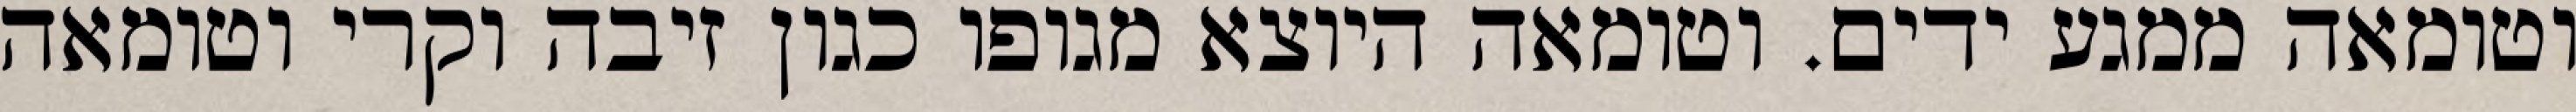
וטומאה ממגע ידים. וטומאה היוצא מגופו כגון זיבה וקרי וטומאה